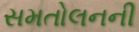
સમતોલનની